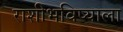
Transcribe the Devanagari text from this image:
राशीभविष्याला